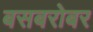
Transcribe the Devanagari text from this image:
बसबरोबर